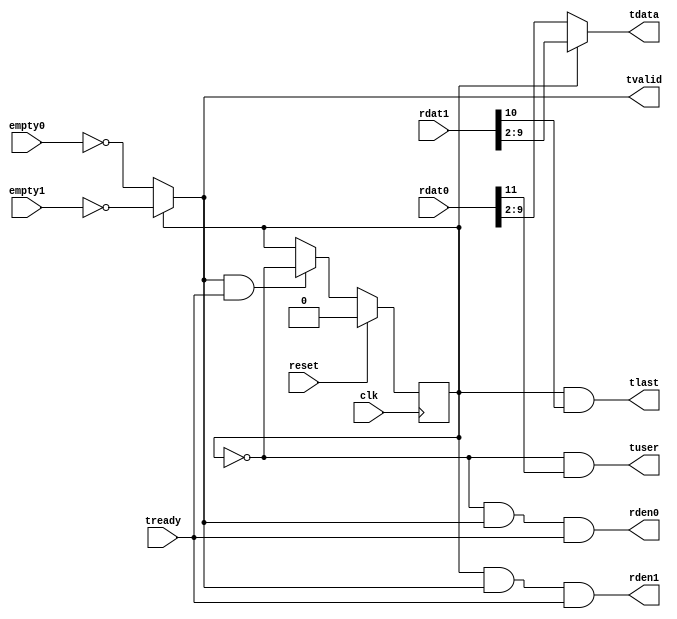
  module  tcm_receiver_axis_intf # (
    parameter integer C_PIXEL_WIDTH         = 8,
    parameter integer C_AXIS_DATA_WIDTH     = 8
  )
  (
    input   wire            reset,
    input   wire            clk,

    input   wire            empty0,
    output  wire            rden0,
    input   wire  [11: 0]   rdat0,

    input   wire            empty1,
    output  wire            rden1,
    input   wire  [11: 0]   rdat1,

    output  wire            tvalid,
    input   wire            tready,
    output  wire            tuser,
    output  wire            tlast,
    output  wire  [C_AXIS_DATA_WIDTH - 1:0] tdata
  );

  // Wires and Registers
  reg             parity;

  // Read Parity
  always @ (posedge clk)
  begin
    if (reset)
      parity  <= 1'b0;
    else if (tvalid && tready)
      parity  <= ~parity;
  end

  // FIFO Interface
  assign        rden0       = ~parity & tvalid & tready;
  assign        rden1       =  parity & tvalid & tready;

  // AXIS Interface
  assign        tvalid      = parity ? ~empty1 : ~empty0;
  assign        tuser       = ~parity & rdat0[11];
  assign        tlast       =  parity & rdat1[10];

  generate

  if (C_AXIS_DATA_WIDTH == 8)
  begin
  assign        tdata       = parity ? rdat1[ 9: 2] : rdat0[ 9: 2];
  end
  else
  begin
  assign        tdata       = parity ? {6'd0, rdat1[ 9: 0]} : {6'd0, rdat0[ 9: 0]};
  end

  endgenerate

  endmodule